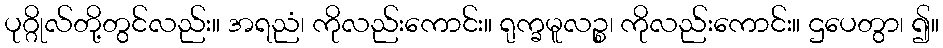
ပုဂ္ဂိုလ်တို့တွင်လည်း။ အရညံ၊ ကိုလည်းကောင်း။ ရုက္ခမူလဉ္စ၊ ကိုလည်းကောင်း။ ဌပေတွာ၊ ၍။